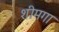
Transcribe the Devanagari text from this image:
शीमगा